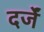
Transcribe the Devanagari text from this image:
दर्जें